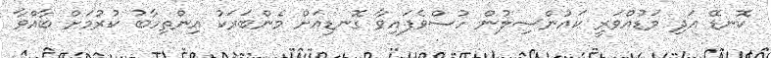
ކޮނޑޭ އަދި މަޑުއްވަރީ ކައުންސިލުން ހުސްވެފައިވާ ގޮނޑިއަށް މެންބަރަކު އިންތިހާބު ކުރުމަށް ބާއްވާ